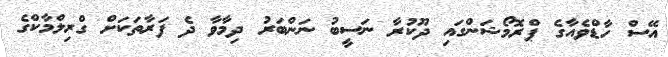
އޭސް ހާޑްވެއާގެ ޕްރޮމޯޝަންގައި ދޫކުރާ ނަސީބު ނަންބަރު ދިމާވާ ދެ ފަރާތަކަށް ގްރިލްމާކްގެ